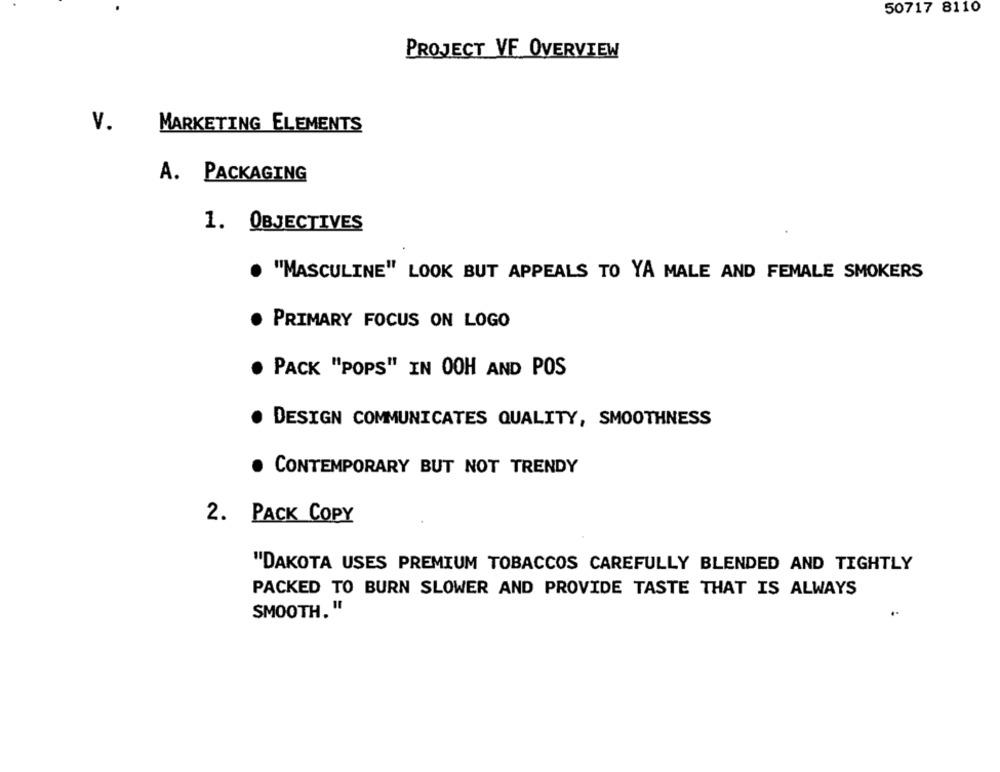
50717 8110
PROJECT VF OVERVIEW
V.
MARKETING ELEMENTS
A. PACKAGING
1. OBJECTIVES
. "MASCULINE" LOOK BUT APPEALS TO YA MALE AND FEMALE SMOKERS
PRIMARY FOCUS ON LOGO
PACK "POPS" IN OOH AND POS
DESIGN COMMUNICATES QUALITY, SMOOTHNESS
CONTEMPORARY BUT NOT TRENDY
2. PACK COPY
"DAKOTA USES PREMIUM TOBACCOS CAREFULLY BLENDED AND TIGHTLY
PACKED TO BURN SLOWER AND PROVIDE TASTE THAT IS ALWAYS
SMOOTH. "